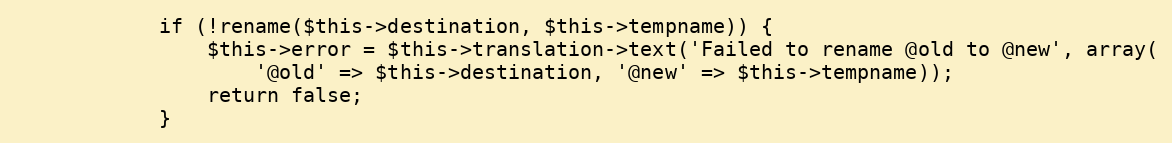
Language: PHP
            if (!rename($this->destination, $this->tempname)) {
                $this->error = $this->translation->text('Failed to rename @old to @new', array(
                    '@old' => $this->destination, '@new' => $this->tempname));
                return false;
            }